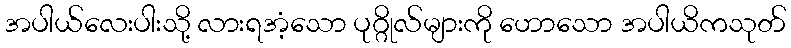
အပါယ်လေးပါးသို့ လားရအံ့သော ပုဂ္ဂိုလ်များကို ဟောသော အပါယိကသုတ်